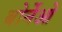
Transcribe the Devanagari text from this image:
बोर्नेओ